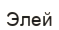
Элей